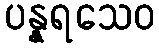
ပန္နရသေဝ